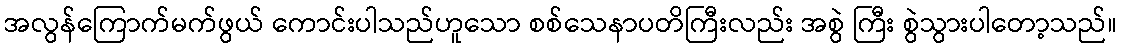
အလွန်ကြောက်မက်ဖွယ် ကောင်းပါသည်ဟူသော စစ်သေနာပတိကြီးလည်း အစွဲ ကြီး စွဲသွားပါတော့သည်။